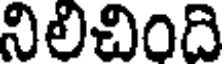
నిలిచింది